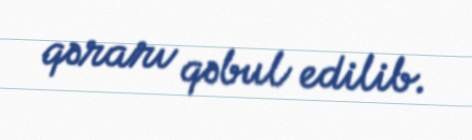
qərarı qəbul edilib.